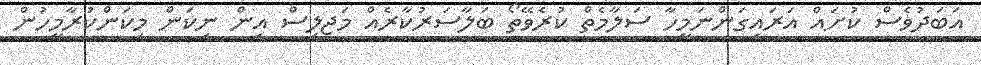
އަބަދުވެސް ކުށައް އަރައިގަންނަމީހާ ސަލާމެތް ކުރެވޭތޯ ބަލާސަރުކާރެއް މަޖިލިސް އިން ނިކަން މިކަންކުރާމީހުން